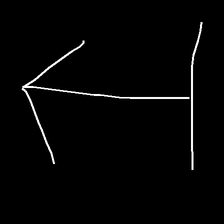
Glyph: levitation